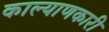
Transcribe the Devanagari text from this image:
काल्याणकारी